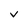
Character: v